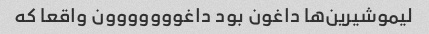
لیموشیرین‌ها داغون بود داغووووووون واقعا که